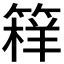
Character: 𱸖